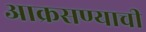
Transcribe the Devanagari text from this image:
आक्रसण्याची